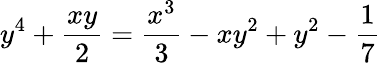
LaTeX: y^{4}+{\frac{xy}{2}}={\frac{x^{3}}{3}}-xy^{2}+y^{2}-{\frac{1}{7}}